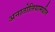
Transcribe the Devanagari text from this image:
अनातोलियामधील